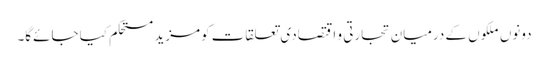
دونوں ملکوں کے درمیان تجارتی و اقتصادی تعلقات کومزید مستحکم کیا جائےگا۔